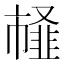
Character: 䪟